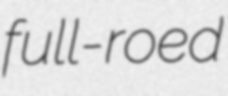
full-roed